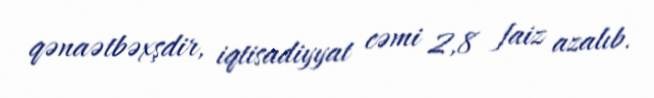
qənaətbəxşdir, iqtisadiyyat cəmi 2,8 faiz azalıb.